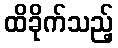
ထိခိုက်သည့်